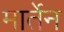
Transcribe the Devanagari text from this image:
मार्तेन